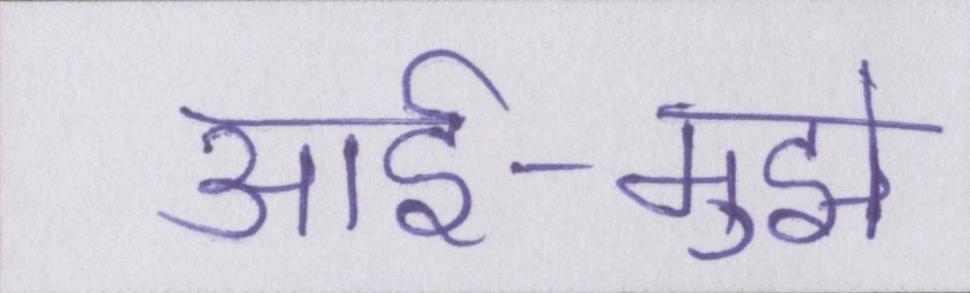
आर्इ-मुझे